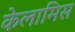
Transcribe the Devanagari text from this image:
केलामिस